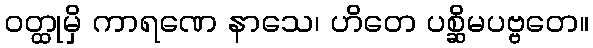
ဝတ္ထုမှိ ကာရဏေ နာသေ၊ ဟိတေ ပစ္ဆိမပဗ္ဗတေ။